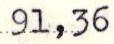
91,36